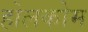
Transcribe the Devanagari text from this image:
होलकोम